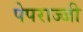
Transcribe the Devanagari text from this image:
पेपराज्जी